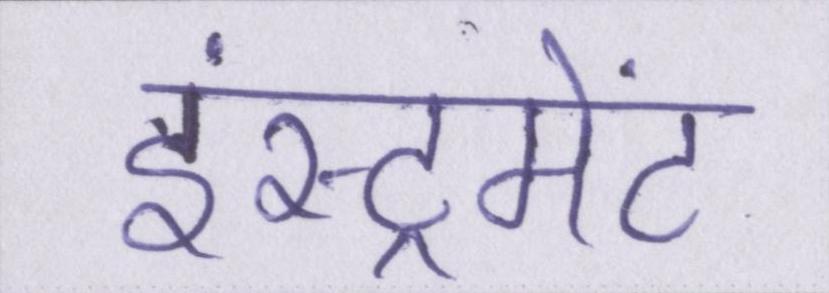
इंस्ट्रूमेंट